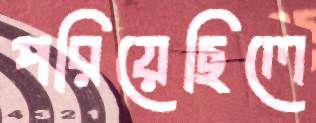
পরিয়েছিলে